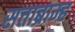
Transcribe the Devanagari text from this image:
सत्ताब्राम्ह